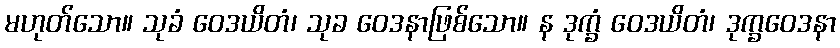
မဟုတ်သော။ သုခံ ဝေဒယိတံ၊ သုခ ဝေဒနာဖြစ်သော။ န ဒုက္ခံ ဝေဒယိတံ၊ ဒုက္ခဝေဒနာ